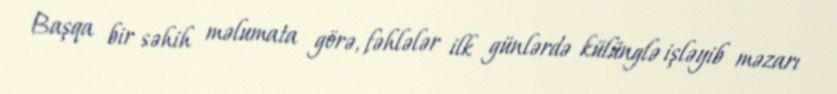
Başqa bir səhih məlumata görə, fəhlələr ilk günlərdə külünglə işləyib məzarı